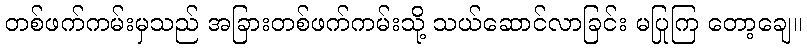
တစ်ဖက်ကမ်းမှသည် အခြားတစ်ဖက်ကမ်းသို့ သယ်ဆောင်လာခြင်း မပြုကြ တော့ချေ။